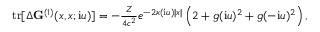
\begin{array} { r } { \mathrm { t r } [ \Delta \ensuremath { \mathbf { G } } ^ { ( 1 ) } ( x , x ; \ensuremath { \mathrm { i } } u ) ] = - \frac { Z } { 4 c ^ { 2 } } e ^ { - 2 \kappa ( \ensuremath { \mathrm { i } } u ) | x | } \left( 2 + g ( \ensuremath { \mathrm { i } } u ) ^ { 2 } + g ( - \ensuremath { \mathrm { i } } u ) ^ { 2 } \right) , } \end{array}